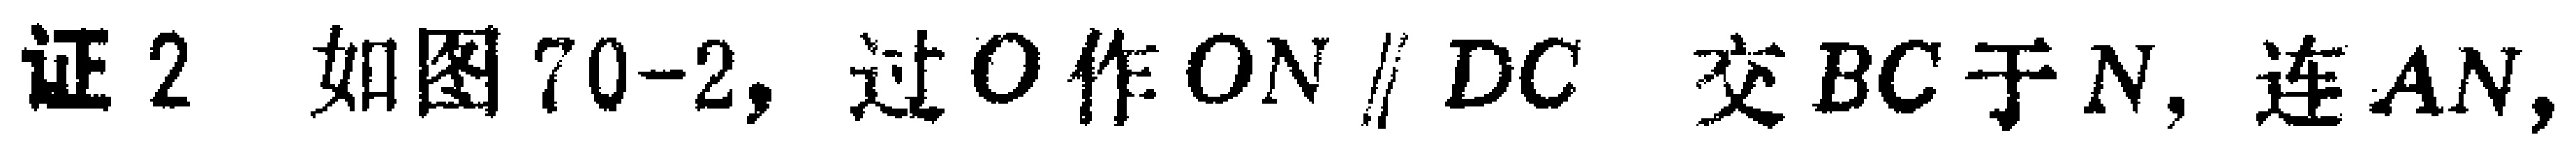
证2 如图70-2, 过\(O\)作\(ON \parallel DC\) 交\(BC\)于\(N\), 连\(AN\),